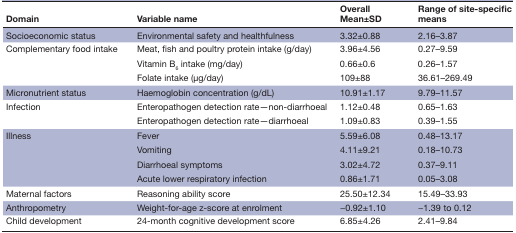
<table><thead><tr><td><b>Domain</b></td><td><b>Variable name</b></td><td><b>Overall Mean±SD</b></td><td><b>Range of site-specific means</b></td></tr></thead><tbody><tr><td>Socioeconomic status</td><td>Environmental safety and healthfulness</td><td>3.32±0.88</td><td>2.16–3.87</td></tr><tr><td rowspan="3">Complementary food intake</td><td>Meat, fish and poultry protein intake (g/day)</td><td>3.96±4.56</td><td>0.27–9.59</td></tr><tr><td>Vitamin B<sub>6</sub> intake (mg/day)</td><td>0.66±0.6</td><td>0.26–1.57</td></tr><tr><td>Folate intake (μg/day)</td><td>109±88</td><td>36.61–269.49</td></tr><tr><td>Micronutrient status</td><td>Haemoglobin concentration (g/dL)</td><td>10.91±1.17</td><td>9.79–11.57</td></tr><tr><td rowspan="2">Infection</td><td>Enteropathogen detection rate—non-diarrhoeal</td><td>1.12±0.48</td><td>0.65–1.63</td></tr><tr><td>Enteropathogen detection rate—diarrhoeal</td><td>1.09±0.83</td><td>0.39–1.55</td></tr><tr><td rowspan="4">Illness</td><td>Fever</td><td>5.59±6.08</td><td>0.48–13.17</td></tr><tr><td>Vomiting</td><td>4.11±9.21</td><td>0.18–10.73</td></tr><tr><td>Diarrhoeal symptoms</td><td>3.02±4.72</td><td>0.37–9.11</td></tr><tr><td>Acute lower respiratory infection</td><td>0.86±1.71</td><td>0.05–3.08</td></tr><tr><td>Maternal factors</td><td>Reasoning ability score</td><td>25.50±12.34</td><td>15.49–33.93</td></tr><tr><td>Anthropometry</td><td>Weight-for-age z-score at enrolment</td><td>−0.92±1.10</td><td>−1.39 to 0.12</td></tr><tr><td>Child development</td><td>24-month cognitive development score</td><td>6.85±4.26</td><td>2.41–9.84</td></tr></tbody></table>